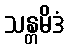
သန္တမိဒံ